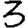
Digit: 3